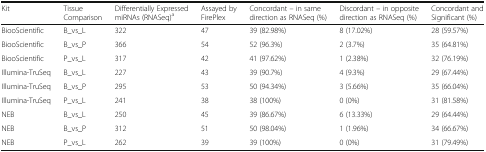
<table><thead><tr><td><b>Kit</b></td><td><b>Tissue Comparison</b></td><td><b>Differentially Expressed miRNAs (RNASeq)<sup>a</sup></b></td><td><b>Assayed by FirePlex</b></td><td><b>Concordant – in same direction as RNASeq (%)</b></td><td><b>Discordant – in opposite direction as RNASeq (%)</b></td><td><b>Concordant and Significant (%)</b></td></tr></thead><tbody><tr><td>BiooScientific</td><td>B_vs_L</td><td>322</td><td>47</td><td>39 (82.98%)</td><td>8 (17.02%)</td><td>28 (59.57%)</td></tr><tr><td>BiooScientific</td><td>B_vs_P</td><td>366</td><td>54</td><td>52 (96.3%)</td><td>2 (3.7%)</td><td>35 (64.81%)</td></tr><tr><td>BiooScientific</td><td>P_vs_L</td><td>317</td><td>42</td><td>41 (97.62%)</td><td>1 (2.38%)</td><td>32 (76.19%)</td></tr><tr><td>Illumina-TruSeq</td><td>B_vs_L</td><td>227</td><td>43</td><td>39 (90.7%)</td><td>4 (9.3%)</td><td>29 (67.44%)</td></tr><tr><td>Illumina-TruSeq</td><td>B_vs_P</td><td>295</td><td>53</td><td>50 (94.34%)</td><td>3 (5.66%)</td><td>35 (66.04%)</td></tr><tr><td>Illumina-TruSeq</td><td>P_vs_L</td><td>241</td><td>38</td><td>38 (100%)</td><td>0 (0%)</td><td>31 (81.58%)</td></tr><tr><td>NEB</td><td>B_vs_L</td><td>250</td><td>45</td><td>39 (86.67%)</td><td>6 (13.33%)</td><td>29 (64.44%)</td></tr><tr><td>NEB</td><td>B_vs_P</td><td>312</td><td>51</td><td>50 (98.04%)</td><td>1 (1.96%)</td><td>34 (66.67%)</td></tr><tr><td>NEB</td><td>P_vs_L</td><td>262</td><td>39</td><td>39 (100%)</td><td>0 (0%)</td><td>31 (79.49%)</td></tr></tbody></table>